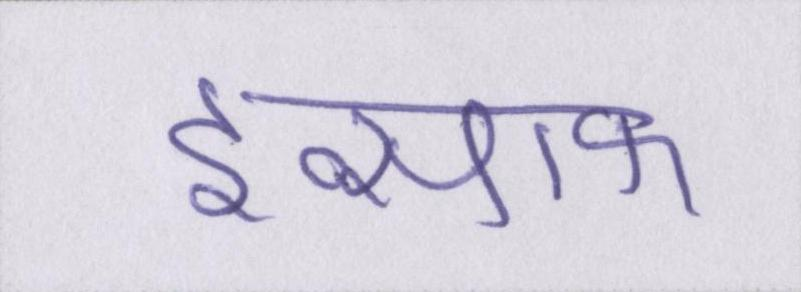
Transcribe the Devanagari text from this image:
इन्साफ